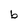
Character: b